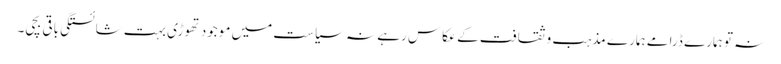
نہ تو ہمارے ڈرامے ہمارے مذہب و ثقافت کے عکاس رہے نہ سیاست میں موجود تھوڑی بہت شائستگی باقی بچی۔